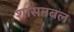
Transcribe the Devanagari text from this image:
शासनबल